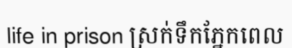
life in prison ស្រក់ទឹកភ្នែកពេល